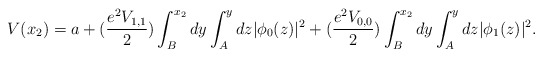
\begin{align*}V(x_2)=a+(\frac{e^2V_{1,1}}{2})\int_B^{x_2} dy \int_A^y dz|\phi_0(z)|^2+(\frac{e^2V_{0,0}}{2})\int_B^{x_2} dy \int_A^y dz|\phi_1(z)|^2.\end{align*}